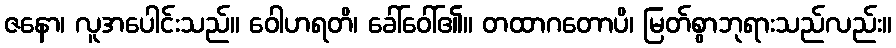
ဇနော၊ လူအပေါင်းသည်။ ဝေါဟရတိ၊ ခေါ်ဝေါ်၏။ တထာဂတောပိ၊ မြတ်စွာဘုရားသည်လည်း။